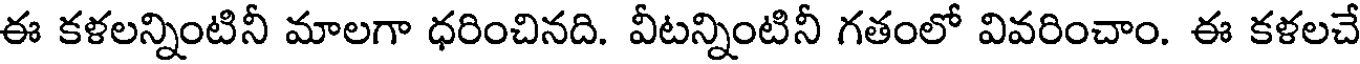
ఈ కళలన్నింటినీ మాలగా ధరించినది. వీటన్నింటినీ గతంలో వివరించాం. ఈ కళలచే